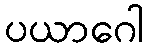
ပယာဂေါ